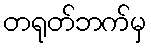
တရုတ်ဘက်မှ